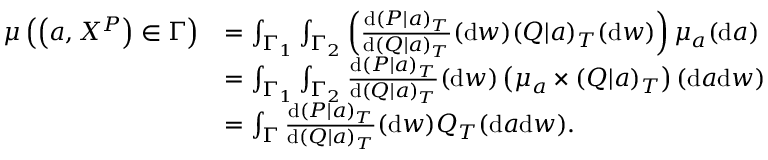
\begin{array} { r l } { \mu \left( \left( a , X ^ { P } \right) \in \Gamma \right) } & { = \int _ { \Gamma _ { 1 } } \int _ { \Gamma _ { 2 } } \left( \frac { \mathrm { d } ( P | a ) _ { T } } { \mathrm { d } ( Q | a ) _ { T } } ( \mathrm { d } w ) ( Q | a ) _ { T } ( \mathrm { d } w ) \right) \mu _ { a } ( \mathrm { d } a ) } \\ & { = \int _ { \Gamma _ { 1 } } \int _ { \Gamma _ { 2 } } \frac { \mathrm { d } ( P | a ) _ { T } } { \mathrm { d } ( Q | a ) _ { T } } ( \mathrm { d } w ) \left( \mu _ { a } \times ( Q | a ) _ { T } \right) ( \mathrm { d } a \mathrm { d } w ) } \\ & { = \int _ { \Gamma } \frac { \mathrm { d } ( P | a ) _ { T } } { \mathrm { d } ( Q | a ) _ { T } } ( \mathrm { d } w ) Q _ { T } ( \mathrm { d } a \mathrm { d } w ) . } \end{array}